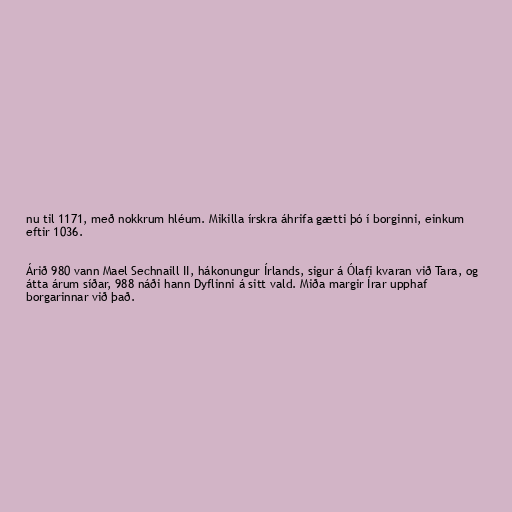
nu til 1171, með nokkrum hléum. Mikilla írskra áhrifa gætti þó í borginni, einkum
eftir 1036.

Árið 980 vann Mael Sechnaill II, hákonungur Írlands, sigur á Ólafi kvaran við Tara, og
átta árum síðar, 988 náði hann Dyflinni á sitt vald. Miða margir Írar upphaf
borgarinnar við það.